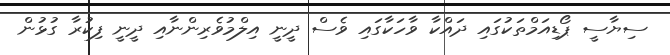
ސިޔާސީ ޕޯޑިއަމްތަކުގައި ދައްކާ ވާހަކާގައި ވެސް ދީނީ އިލްމުވެރިންނާއި ދީނީ ފިކުރާ ގުޅުން